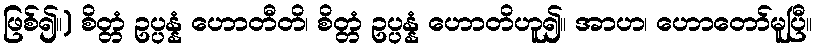
ဖြစ်၍။) စိတ္တံ ဥပ္ပန္နံ ဟောတီတိ၊ စိတ္တံ ဥပ္ပန္နံ ဟောတိဟူ၍။ အာဟ၊ ဟောတော်မူပြီ။